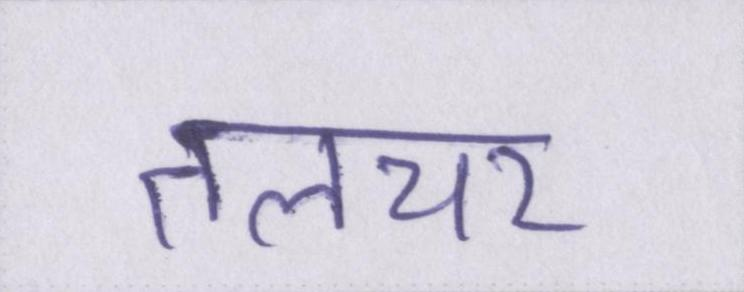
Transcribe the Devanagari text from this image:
तलचर